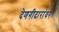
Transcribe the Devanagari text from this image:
देणगीदारांवर